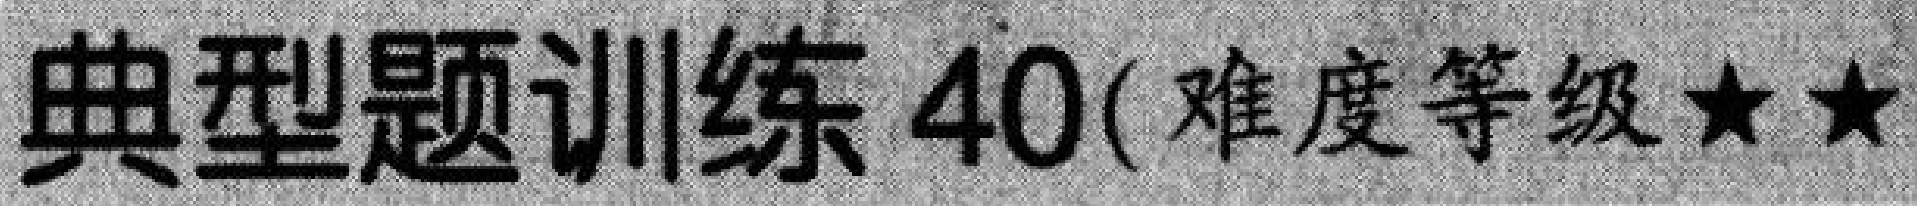
典型题训练 40( 难度等级★★